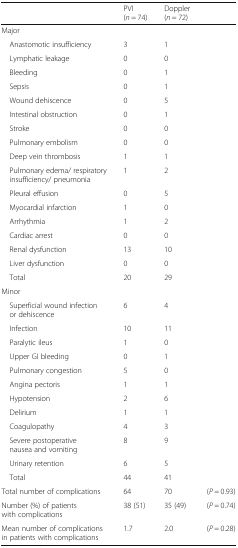
<table><thead><tr><td></td><td><b>PVI (<i>n</i> = 74)</b></td><td><b>Doppler (<i>n</i> = 72)</b></td><td></td></tr></thead><tbody><tr><td colspan="4">Major</td></tr><tr><td> Anastomotic insufficiency</td><td>3</td><td>1</td><td></td></tr><tr><td> Lymphatic leakage</td><td>0</td><td>0</td><td></td></tr><tr><td> Bleeding</td><td>0</td><td>1</td><td></td></tr><tr><td> Sepsis</td><td>0</td><td>1</td><td></td></tr><tr><td> Wound dehiscence</td><td>0</td><td>5</td><td></td></tr><tr><td> Intestinal obstruction</td><td>0</td><td>1</td><td></td></tr><tr><td> Stroke</td><td>0</td><td>0</td><td></td></tr><tr><td> Pulmonary embolism</td><td>0</td><td>0</td><td></td></tr><tr><td> Deep vein thrombosis</td><td>1</td><td>1</td><td></td></tr><tr><td> Pulmonary edema/ respiratory insufficiency/ pneumonia</td><td>1</td><td>2</td><td></td></tr><tr><td> Pleural effusion</td><td>0</td><td>5</td><td></td></tr><tr><td> Myocardial infarction</td><td>1</td><td>0</td><td></td></tr><tr><td> Arrhythmia</td><td>1</td><td>2</td><td></td></tr><tr><td> Cardiac arrest</td><td>0</td><td>0</td><td></td></tr><tr><td> Renal dysfunction</td><td>13</td><td>10</td><td></td></tr><tr><td> Liver dysfunction</td><td>0</td><td>0</td><td></td></tr><tr><td> Total</td><td>20</td><td>29</td><td></td></tr><tr><td colspan="4">Minor</td></tr><tr><td> Superficial wound infection or dehiscence</td><td>6</td><td>4</td><td></td></tr><tr><td> Infection</td><td>10</td><td>11</td><td></td></tr><tr><td> Paralytic ileus</td><td>1</td><td>0</td><td></td></tr><tr><td> Upper GI bleeding</td><td>0</td><td>1</td><td></td></tr><tr><td> Pulmonary congestion</td><td>5</td><td>0</td><td></td></tr><tr><td> Angina pectoris</td><td>1</td><td>1</td><td></td></tr><tr><td> Hypotension</td><td>2</td><td>6</td><td></td></tr><tr><td> Delirium</td><td>1</td><td>1</td><td></td></tr><tr><td> Coagulopathy</td><td>4</td><td>3</td><td></td></tr><tr><td> Severe postoperative nausea and vomiting</td><td>8</td><td>9</td><td></td></tr><tr><td> Urinary retention</td><td>6</td><td>5</td><td></td></tr><tr><td> Total</td><td>44</td><td>41</td><td></td></tr><tr><td>Total number of complications</td><td>64</td><td>70</td><td>(<i>P</i> = 0.93)</td></tr><tr><td>Number (%) of patients with complications</td><td>38 (51)</td><td>35 (49)</td><td>(<i>P</i> = 0.74)</td></tr><tr><td>Mean number of complications in patients with complications</td><td>1.7</td><td>2.0</td><td>(<i>P</i> = 0.28)</td></tr></tbody></table>